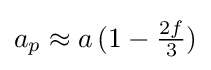
a_{p}\approx a\,(1-{\tfrac {2f}{3}})